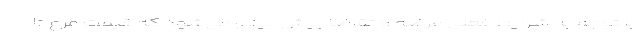
با توجه به شرایط فعلی عرضه و تقاضا پیش بینی می‌شود که قیمت مرغ تا